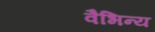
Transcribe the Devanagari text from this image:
वैभिन्य